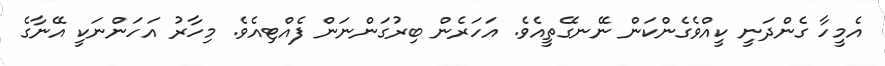
އެމީހާ ގެންދަނީ ކީއްވެގެންކަން ނޭނގޭތީއެވެ. އަހަރެން ބިރުގަންނަން ފެއްޓިއެވެ. މިހާރު އަހަންނަކީ އޭނާގެ